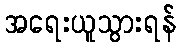
အရေးယူသွားရန်